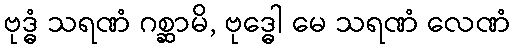
ဗုဒ္ဓံ သရဏံ ဂစ္ဆာမိ, ဗုဒ္ဓေါ မေ သရဏံ လေဏံ